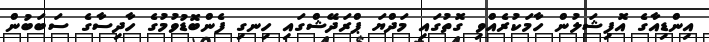
އިންޑިއާގެ އޮފިޝަލުން ހާމަކުރެއްވި ގޮތުގައި މަދްޔަ ޕްރަދޭޝްގައި ހިނގި ފެންބޮޑުވުމުގެ ހާދިސާގެ ސަބަބުން